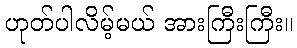
ဟုတ်ပါလိမ့်မယ် အားကြီးကြီး။